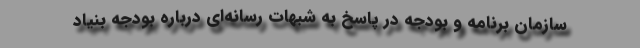
سازمان برنامه و بودجه در پاسخ به شبهات رسانه‌ای درباره بودجه بنیاد